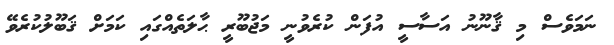
ނަމަވެސް މި ޤާނޫނު އަސާސީ އުފަން ކުރެވުނީ މަޖުބޫރީ ޙާލަތެއްގައި ކަމަށް ޤަބޫލުކުރެވޭ